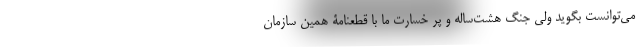
می‌توانست بگوید ولی جنگ هشت‌ساله و پر خسارت ما با قطعنامۀ همین سازمان